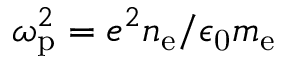
\omega _ { \mathrm { p } } ^ { 2 } = e ^ { 2 } n _ { \mathrm { e } } / \epsilon _ { \mathrm { 0 } } m _ { \mathrm { e } }